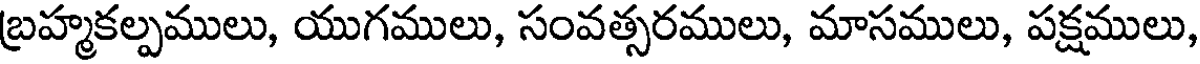
బ్రహ్మకల్పములు, యుగములు, సంవత్సరములు, మాసములు, పక్షములు,